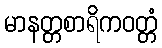
မာနတ္တစာရိကဝတ္တံ